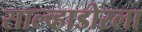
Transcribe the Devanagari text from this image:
साल्व्हाडोरला